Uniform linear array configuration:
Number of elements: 64
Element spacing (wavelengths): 0.25
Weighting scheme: cosine
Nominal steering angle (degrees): -60
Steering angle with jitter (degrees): -58.32
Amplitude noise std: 0.05
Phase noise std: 0.05

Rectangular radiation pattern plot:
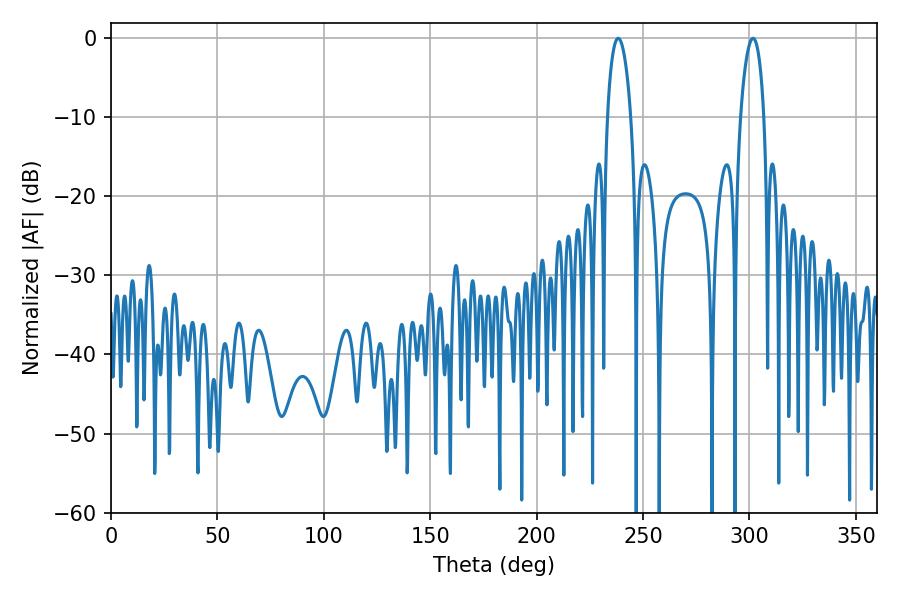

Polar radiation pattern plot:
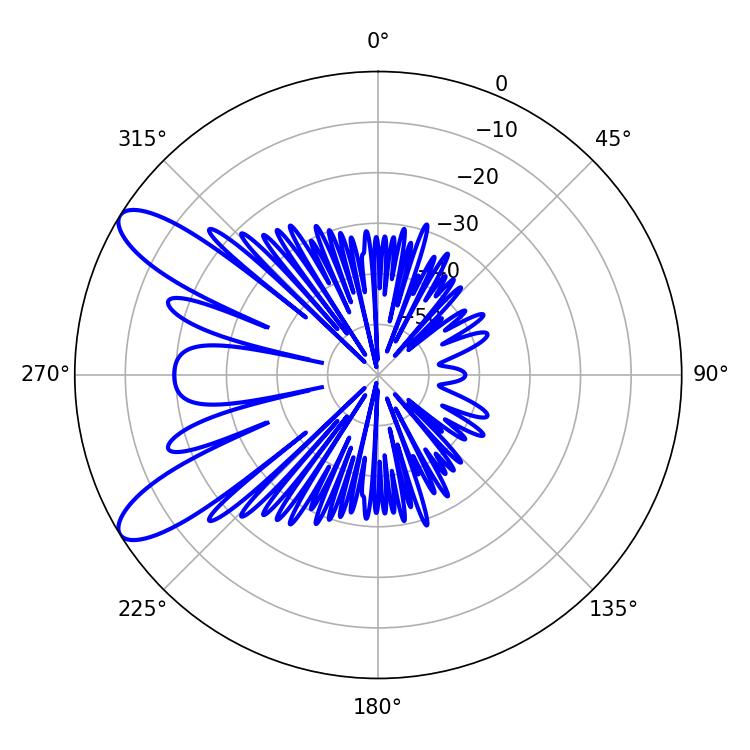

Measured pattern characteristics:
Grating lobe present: FALSE
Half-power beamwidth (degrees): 6.3
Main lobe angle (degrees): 301.68